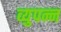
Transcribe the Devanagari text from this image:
व्युपन्न